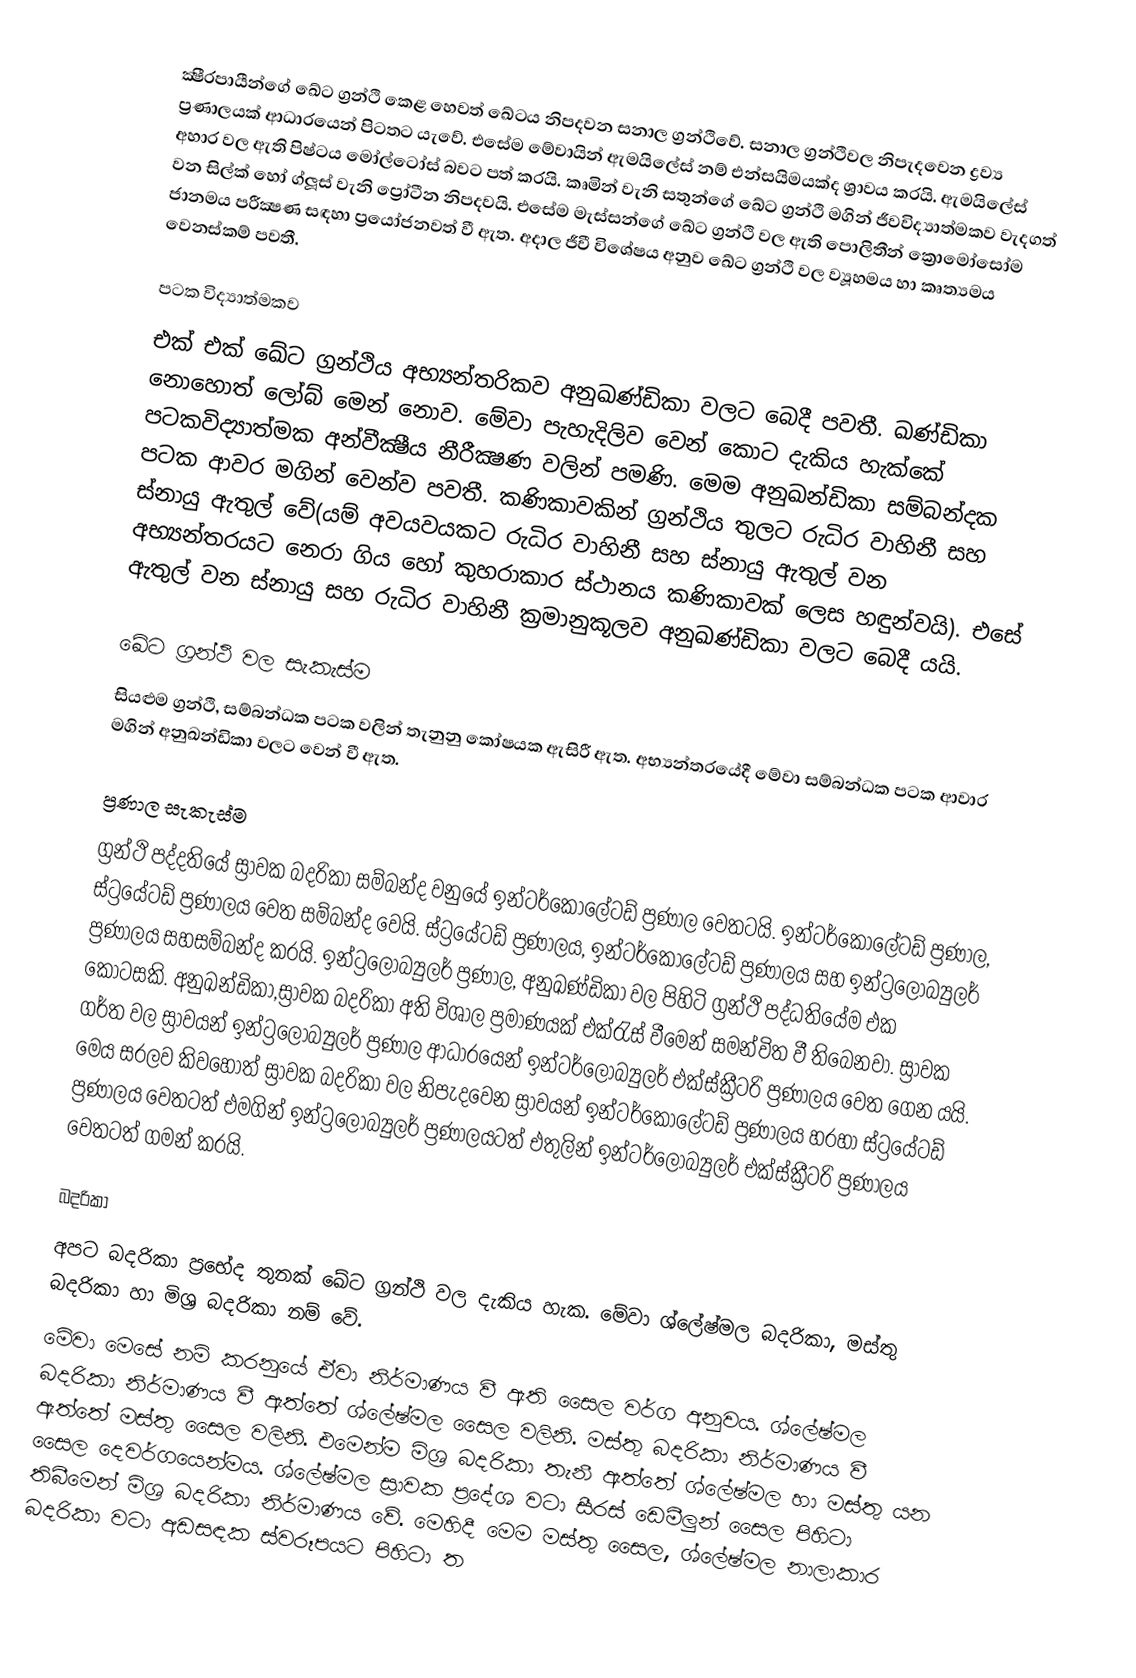
ක්‍ෂීරපායීන්ගේ ඛේට ග්‍රන්ථි කෙළ හෙවත් ඛේටය නිපදවන සනාල ග්‍රන්ථිවේ. සනාල ග්‍රන්ථිවල නිපැදවෙන ද්‍රව්‍ය ප්‍රණාලයක් ආධාරයෙන් පිටතට යැවේ. එසේම මේවායින් ඇමයිලේස් නම් එන්සයිමයක්ද ශ්‍රාවය කරයි. ඇමයිලේස් අහාර වල ඇති පිෂ්ටය මෝල්ටෝස් බවට පත් කරයි. කෘමින් වැනි සතුන්ගේ ඛේට ග්‍රන්ථි මගින් ජීවවිද්‍යාත්මකව වැදගත් වන සිල්ක් හෝ ග්ලූස් වැනි ප්‍රෝටීන නිපදවයි. එසේම මැස්සන්ගේ ඛේට ග්‍රන්ථි වල ඇති පොලිතීන් ක්‍රොමෝසෝම ජානමය පරීක්‍ෂණ සඳහා ප්‍රයෝජනවත් වී ඇත. අදාල ජීවී විශේෂය අනුව ඛේට ග්‍රන්ථි වල ව්‍යූහමය හා කෘත්‍යමය වෙනස්කම් පවතී.

පටක විද්‍යාත්මකව
එක් එක් ඛේට ග්‍රන්ථිය අභ්‍යන්තරිකව අනුඛණ්ඩිකා වලට බෙදී පවතී. ඛණ්ඩිකා නොහොත් ලෝබ් මෙන් නොව. මේවා පැහැදිලිව වෙන් කොට දැකිය හැක්කේ පටකවිද්‍යාත්මක අන්වීක්‍ෂීය නීරීක්‍ෂණ වලින් පමණි. මෙම අනුඛන්ඩිකා සම්බන්දක පටක ආවර මගින් වෙන්ව පවතී. කණිකාවකින් ග්‍රන්ථිය තුලට රුධිර වාහිනී සහ ස්නායු ඇතුල් වේ(යම් අවයවයකට රුධිර වාහිනී සහ ස්නායු ඇතුල් වන අභ්‍යන්තරයට නෙරා ගිය හෝ කුහරාකාර ස්ථානය කණිකාවක් ලෙස හඳුන්වයි). එසේ ඇතුල් වන ස්නායු සහ රුධිර වාහිනී ක්‍රමානුකූලව අනුඛණ්ඩිකා වලට බෙදී යයි.

ඛේට ග්‍රන්ථි වල සැකැස්ම
සියළුම ග්‍රන්ථි, සම්බන්ධක පටක වලින් තැනුනු කෝෂයක ඇසිරී ඇත. අභ්‍යන්තරයේදී මේවා සම්බන්ධක පටක ආවාර මගින් අනුඛන්ඩිකා වලට වෙන් වී ඇත.

ප්‍රණාල සැකැස්ම
ග්‍රන්ථි පද්දතියේ ස්‍රාවක බදරිකා සම්බන්ද වනුයේ ඉන්ටර්කොලේටඩ් ප්‍රණාල වෙතටයි. ඉන්ටර්කොලේටඩ් ප්‍රණාල, ස්ට්‍රයේටඩ් ප්‍රණාලය වෙත සම්බන්ද වෙයි. ස්ට්‍රයේටඩ් ප්‍රණාලය, ඉන්ටර්කොලේටඩ් ප්‍රණාලය සහ ඉන්ට්‍රලොබ්‍යුලර් ප්‍රණාලය සහසම්බන්ද කරයි. ඉන්ට්‍රලොබ්‍යුලර් ප්‍රණාල, අනුඛණ්ඩිකා වල පිහිටි ග්‍රන්ථි පද්ධතියේම එක කොටසකි. අනුඛන්ඩිකා,ස්‍රාවක බදරිකා අති විශාල ප්‍රමාණයක් එක්රැස් වීමෙන් සමන්විත වී තිබෙනවා. ස්‍රාවක ගර්ත වල ස්‍රාවයන් ඉන්ට්‍රලොබ්‍යුලර් ප්‍රණාල ආධාරයෙන් ඉන්ටර්ලොබ්‍යුලර් එක්ස්ක්‍රීටරි ප්‍රණාලය වෙත ගෙන යයි. මෙය සරලව කිවහොත් ස්‍රාවක බදරිකා වල නිපැදවෙන ස්‍රාවයන් ඉන්ටර්කොලේටඩ් ප්‍රණාලය හරහා ස්ට්‍රයේටඩ් ප්‍රණාලය වෙතටත් එමගින් ඉන්ට්‍රලොබ්‍යුලර් ප්‍රණාලයටත් එතුලින් ඉන්ටර්ලොබ්‍යුලර් එක්ස්ක්‍රීටරි ප්‍රණාලය වෙතටත් ගමන් කරයි.

බදරිකා
අපට බදරිකා ප්‍රභේද තුනක් ඛේට ග්‍රන්ථි වල දැකිය හැක. මේවා ශ්ලේෂ්මල බදරිකා, මස්තු බදරිකා හා මිශ්‍ර බදරිකා නම් වේ.
මේවා මෙසේ නම් කරනුයේ ඒවා නිර්මාණය වී ඇති සෛල වර්ග අනුවය. ශ්ලේෂ්මල බදරිකා නිර්මාණය වී ඇත්තේ ශ්ලේෂ්මල සෛල වලිනි. මස්තු බදරිකා නිර්මාණය වී ඇත්තේ මස්තු සෛල වලිනි. එමෙන්ම මිශ්‍ර බදරිකා තැනී ඇත්තේ ශ්ලේෂ්මල හා මස්තු යන සෛල දෙවර්ගයෙන්මය. ශ්ලේෂ්මල ස්‍රාවක ප්‍රදේශ වටා සීරස් ඩෙමීලුන් සෛල පිහිටා තිබීමෙන් මිශ්‍ර බදරිකා නිර්මාණය වේ. මෙහිදී මෙම මස්තු සෛල, ශ්ලේෂ්මල නාලාකාර බදරිකා වටා අඩසඳක ස්වරූපයට පිහිටා ත